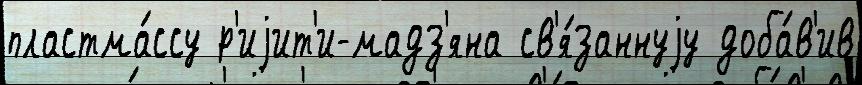
пластма́ссу р'иjит'и-мадз'яна св'я́заннуjу доба́в'ив